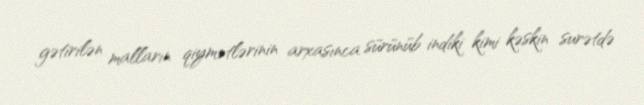
gətirilən malların qiymətlərinin arxasınca sürünüb indiki kimi kəskin surətdə